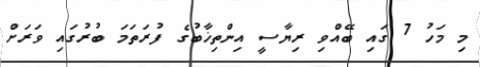
މި މަހު 7 ގައި ބޭއްވި ރިޔާސީ އިންތިޚާބުގެ ފުރަތަމަ ބުރުގައި ވަރަށް